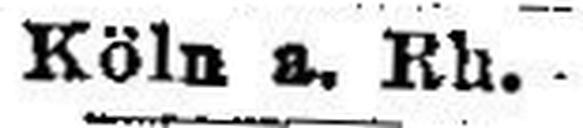
Köln a. Rh.